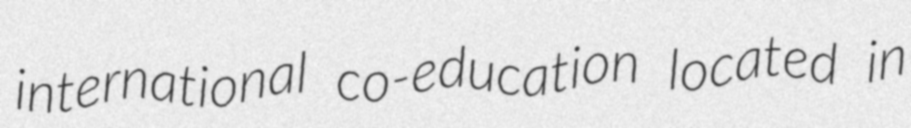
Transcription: international co-education located in